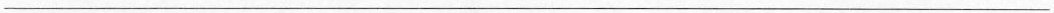
___